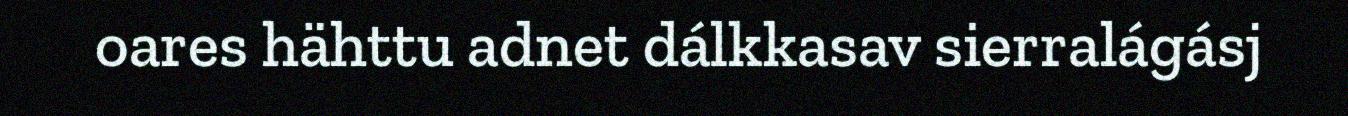
oares hähttu adnet dálkkasav sierralágásj